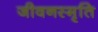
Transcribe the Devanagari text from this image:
जीवनस्मृति